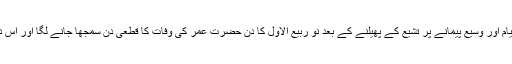
[13] صفویہ حکومت کے قیام اور وسیع پیمانے پر تشیع کے پھیلنے کے بعد نو ربیع الاول کا دن حضرت عمر کی وفات کا قطعی دن سمجھا جانے لگا اور اس دن مراسم کا انعقاد ہونے لگا۔